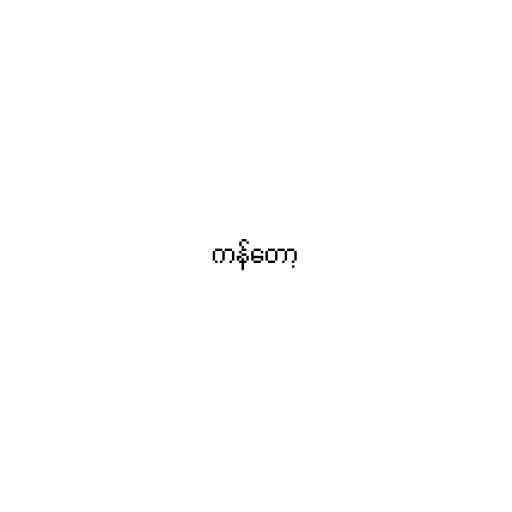
ကန်တော့